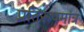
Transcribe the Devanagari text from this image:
प्रतिरूपमात्र